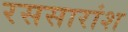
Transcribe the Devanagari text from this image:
रससारांश